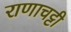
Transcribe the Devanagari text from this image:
राणाचट्टी